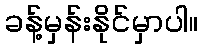
ခန့်မှန်းနိုင်မှာပါ။